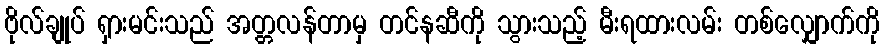
ဗိုလ်ချုပ် ရှားမင်းသည် အတ္တလန်တာမှ တင်နဆီကို သွားသည့် မီးရထားလမ်း တစ်လျှောက်ကို